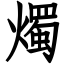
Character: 燭